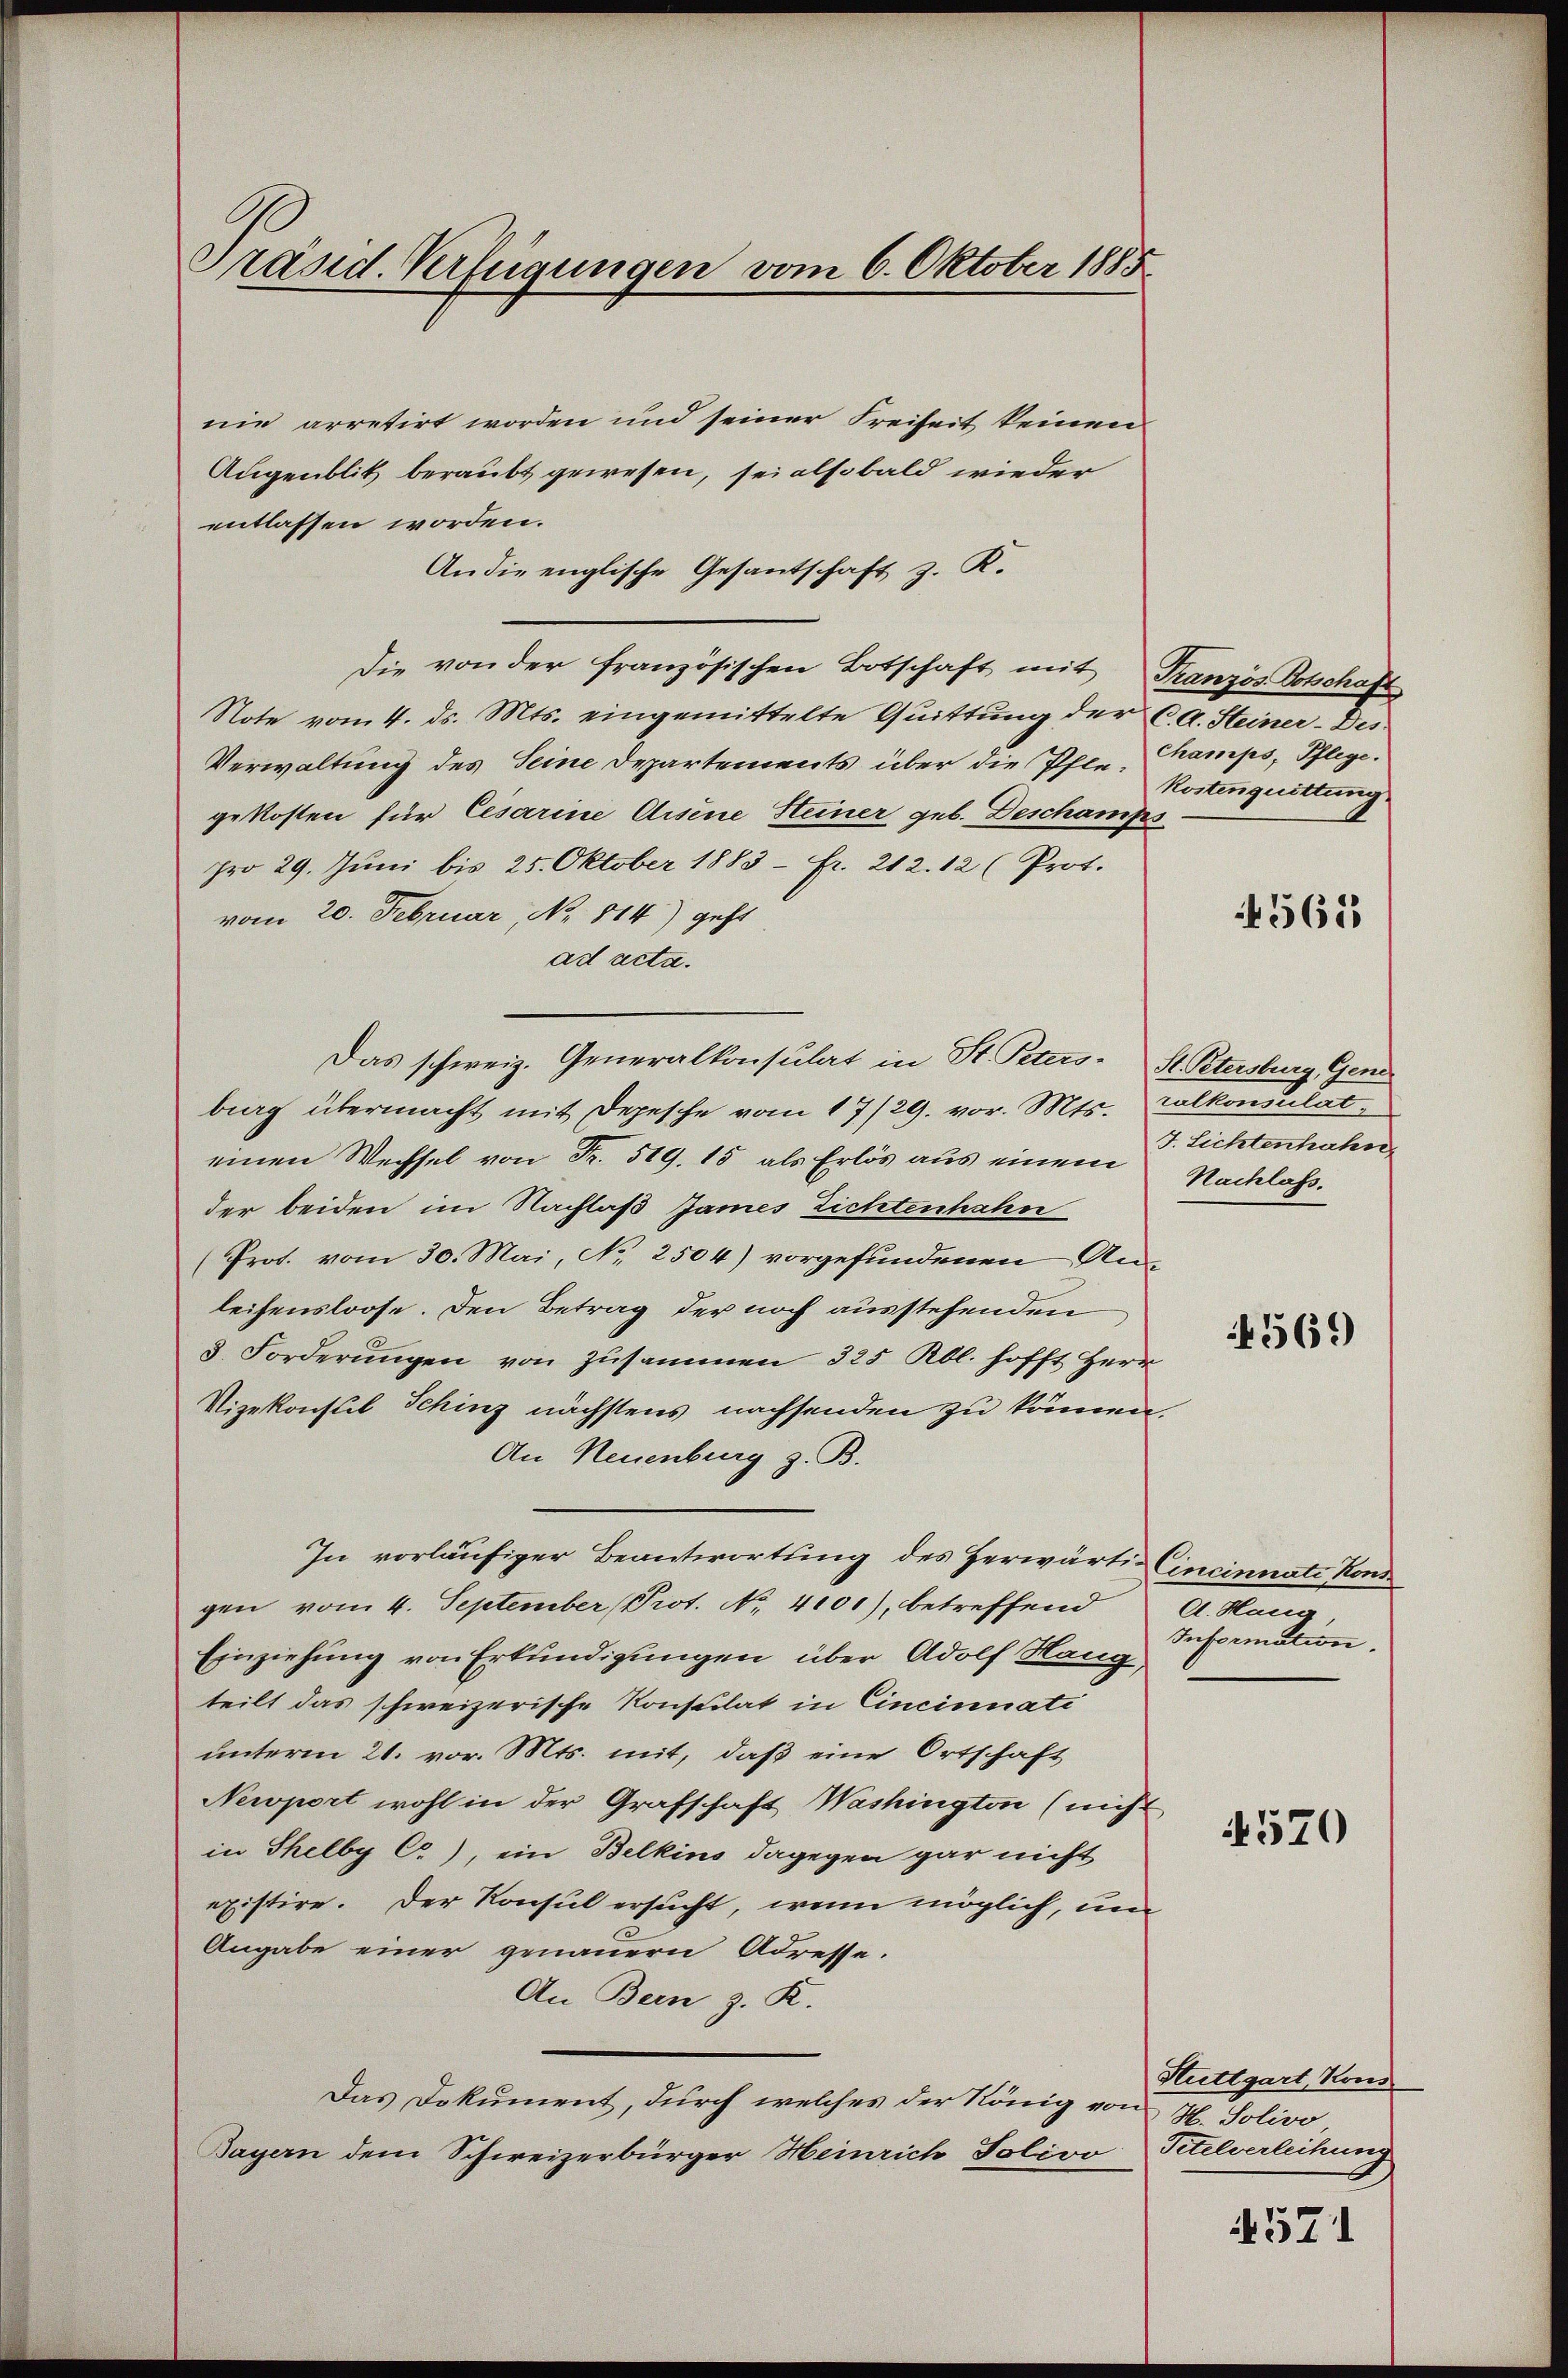
nie arretirt worden und seiner Freiheit keinen
Augenblik beraubt gewesen, sei alsobald wieder
entlassen worden.
An die englische Gesantschaft z. K.
Die von der französischen Botschaft mit Französ. Botschaft
Note vom 4. ds. Mts. eingemittelte Quittung der C. A. Steiner-Des¬
Verwaltung des Seine Departements über die Pfle-Kramps, Pflege.
gekosten für Cesarine Arsene Steiner geb. Deschamps
pro 29. Juni bis 25. Oktober 1883 - Fr. 212. 12 (Prot.
vom 20. Februar, No. 814) geht
ad acta.
Das schweiz. Generalkonsulat in St. Peters. St. Petersburg Geri
big übermacht mit Depesche vom 17/29. vor. Mts. Calkonsulateinen Wechsel von Fr. 519. 15 als Erlös aus einem Nachlas
der beiden im Nachlaß James Lichtenhahn
(Prot. vom 30. Mai, No. 2504) vorgefundenen Anleihensloose. Den Betrag der noch ausstehenden
8. Forderŭngen von zusammen 325 Rbl. hofft Herr
Vizekonsul Schinz nächstens nachsenden zu können.
An Neuenburg z. B.
In vorläufiger Beantwortung des Herwärti Cincinnate Kongen vom 4. September (Prot. No. 4101), betreffend
Einziehung von Erkundigungen über Adolf Hang,
teilt das schweizerische Konsulat in Cincinuati
unterm 21. vor. Mts. mit, daß eine Ortschaft
Newport wohl in der Grafschaft Washington (nicht
in Thelby C), ein Belkins dagegen gar nicht
existire. Der Konsul ersucht, wenn möglich, um
Angabe einer genauern Adresse.
An Bern z. K.
Das Dokument, durch welches der König von
Bayern dem Schweizerbürger Heinrich Solivo Petelverleihung

Präsid. Verfügungen vom 6. Oktober 1885

Kostenquittung.

4561

J. Lichtenhahn

4569

d. Haug,
Information.

570

Stuttgart, Kons
H. Solivo

4571